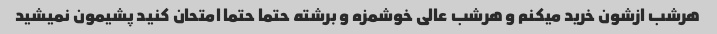
هرشب ازشون خرید میکنم و هرشب عالی خوشمزه و برشته حتما حتما امتحان کنید پشیمون نمیشید